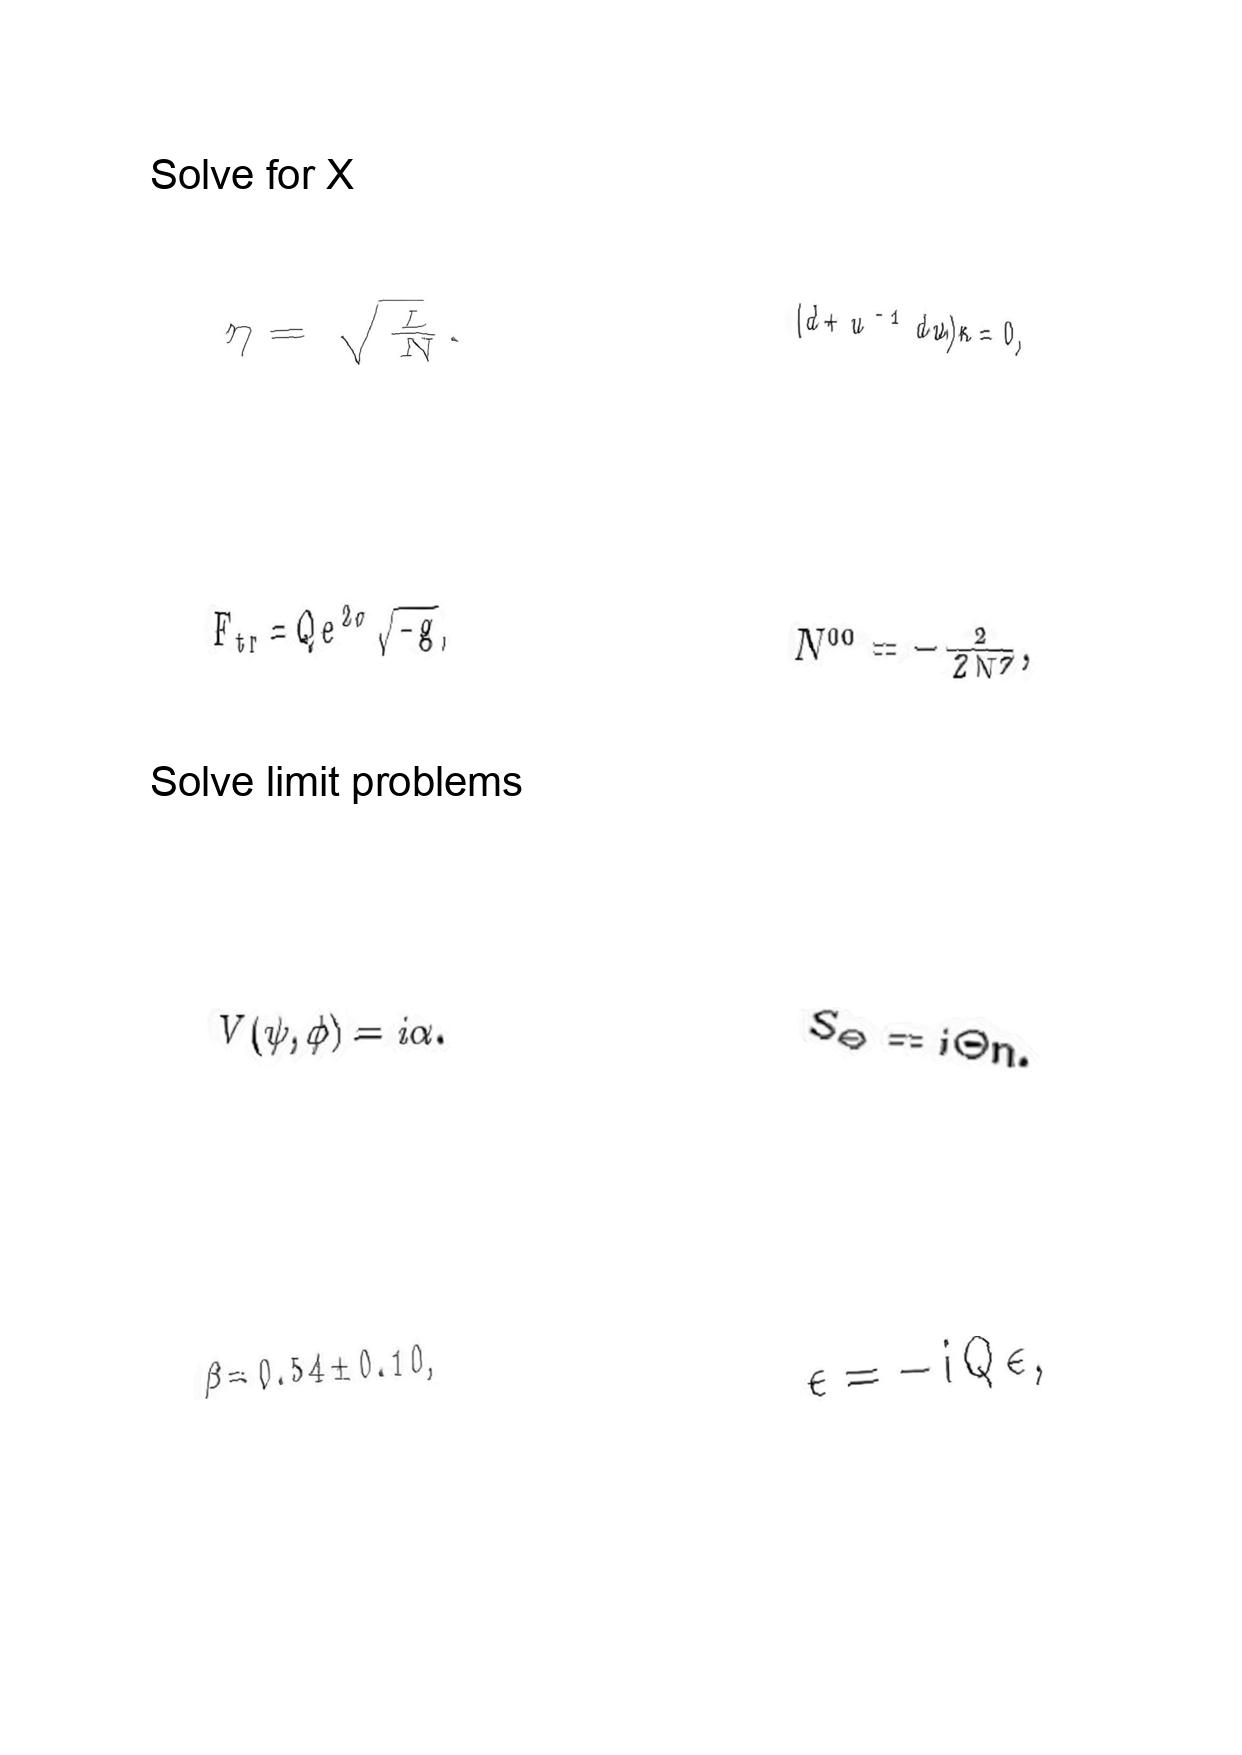
LaTeX transcription:
\eta = \sqrt { \frac { L } { N } } .
F _ { t r } = Q e ^ { 2 \sigma } \sqrt { - g } ,
V \lparen \psi , \phi \rparen = i \alpha .
\beta = 0 . 5 4 \pm 0 . 1 0 ,
\lparen d + u ^ { - 1 } d u \rparen \kappa = 0 ,
N ^ { 0 0 } = - \frac { 2 } { \bar { Z } N Z } ,
S _ { \Theta } = i \Theta n .
\epsilon = - i Q \epsilon ,